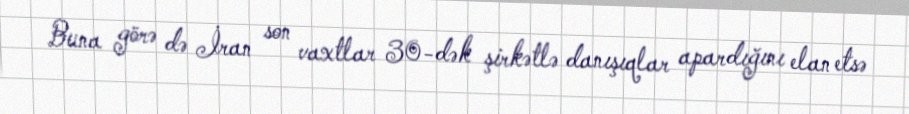
Buna görə də İran son vaxtlar 30-dək şirkətlə danışıqlar apardığını elan etsə